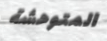
المتوحشة